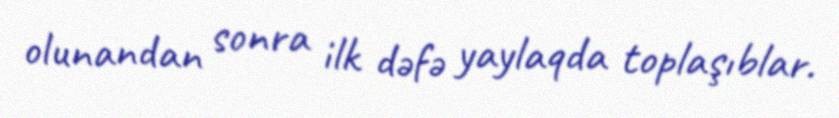
olunandan sonra ilk dəfə yaylaqda toplaşıblar.